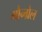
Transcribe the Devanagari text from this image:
मौन्ग्रेल